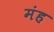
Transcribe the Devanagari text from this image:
मंह